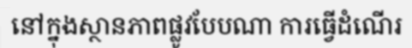
នៅក្នុងស្ថានភាពផ្លូវបែបណា ការធ្វើដំណើរ